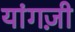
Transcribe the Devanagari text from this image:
यांगज़ी